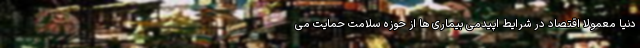
دنیا معمولا اقتصاد در شرایط اپیدمی بیماری ها از حوزه سلامت حمایت می